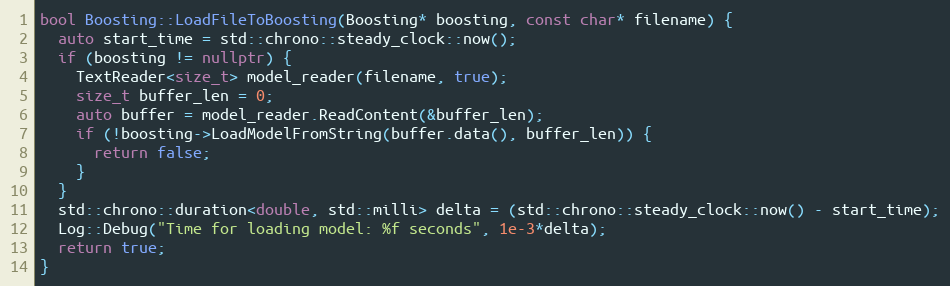
Language: C++
bool Boosting::LoadFileToBoosting(Boosting* boosting, const char* filename) {
  auto start_time = std::chrono::steady_clock::now();
  if (boosting != nullptr) {
    TextReader<size_t> model_reader(filename, true);
    size_t buffer_len = 0;
    auto buffer = model_reader.ReadContent(&buffer_len);
    if (!boosting->LoadModelFromString(buffer.data(), buffer_len)) {
      return false;
    }
  }
  std::chrono::duration<double, std::milli> delta = (std::chrono::steady_clock::now() - start_time);
  Log::Debug("Time for loading model: %f seconds", 1e-3*delta);
  return true;
}